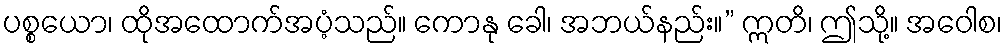
ပစ္စယော၊ ထိုအထောက်အပံ့သည်။ ကောနု ခေါ၊ အဘယ်နည်း။” ဣတိ၊ ဤသို့။ အဝေါစ၊